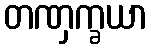
တဏှက္ခယာ